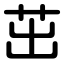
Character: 茁